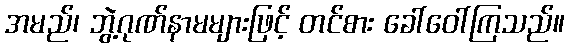
အမည်၊ ဘွဲ့ဂုဏ်နာမများဖြင့် တင်စား ခေါ်ဝေါ်ကြသည်။